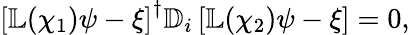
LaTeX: \begin{array}{r}{\left[\mathbb{L}(\chi_{1})\psi-\xi\right]^{\dagger}\mathbb{D}_{i}\left[\mathbb{L}(\chi_{2})\psi-\xi\right]=0,}\end{array}